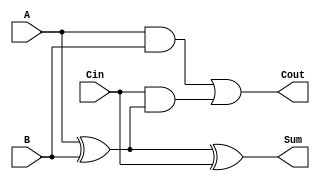
module AsyncFullAdder (
    input wire A,    // First binary input
    input wire B,    // Second binary input
    input wire Cin,  // Carry-in input
    output wire Sum, // Sum output
    output wire Cout // Carry-out output
);

// Internal wires for intermediate calculations
wire AB;           // A AND B
wire AXORB;       // A XOR B

// Calculate Sum
assign AXORB = A ^ B; // A XOR B
assign Sum = AXORB ^ Cin; // (A XOR B) XOR Cin

// Calculate Cout
assign AB = A & B; // A AND B
assign Cout = AB | (Cin & AXORB); // (A AND B) OR (Cin AND (A XOR B))

endmodule